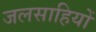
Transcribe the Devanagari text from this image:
जलसाहियों